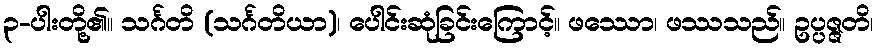
၃-ပါးတို့၏။ သင်္ဂတိ (သင်္ဂတိယာ)၊ ပေါင်းဆုံခြင်းကြောင့်။ ဖဿော၊ ဖဿသည်။ ဥပ္ပဇ္ဇတိ၊